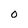
Character: O